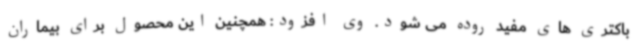
باکتری های مفید روده می شود. وی افزود: همچنین این محصول برای بیماران